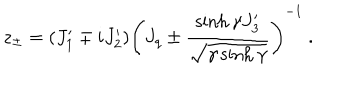
z _ { \pm } = ( J _ { 1 } ^ { \prime } \mp i J _ { 2 } ^ { \prime } ) \left( J _ { q } \pm \displaystyle \frac { \sinh \gamma J _ { 3 } ^ { \prime } } { \sqrt { \gamma \sinh \gamma } } \right) ^ { - 1 } ~ .